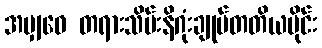
အမျှဝေ တရားသိမ်းနိဂုံးချုပ်တတိယပိုင်း